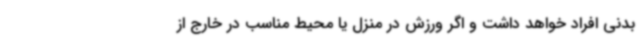
بدنی افراد خواهد داشت و اگر ورزش در منزل یا محیط مناسب در خارج از